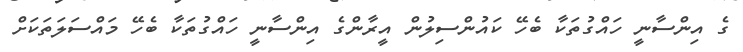
ގެ އިންސާނީ ހައްގުތަކާ ބެހޭ ކައުންސިލުން އީރާންގެ އިންސާނީ ހައްގުތަކާ ބެހޭ މައްސަލަތަކަށް